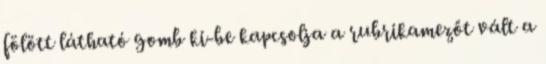
fölött látható gomb ki-be kapcsolja a rubrikamezőt vált a